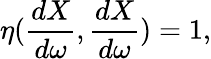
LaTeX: \eta(\frac{dX}{d\omega},\frac{dX}{d\omega})=1,